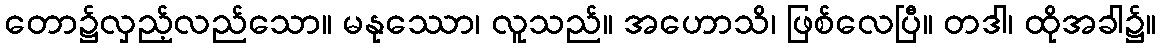
တော၌လှည့်လည်သော။ မနုဿော၊ လူသည်။ အဟောသိ၊ ဖြစ်လေပြီ။ တဒါ၊ ထိုအခါ၌။